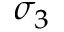
\sigma _ { 3 }